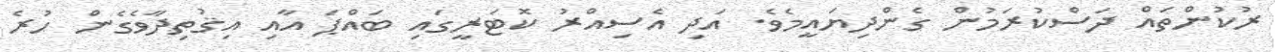
ރުކުންތައް ދަސްކުރަމުން ގެންދިޔައީމެވެ. އަދި އެސިއްރު ކޮޓަރީގައި ބައްޕަ އާއި އިޤުތިދާވެގެން ހުރެ